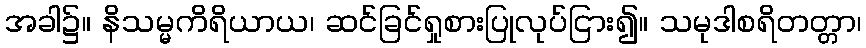
အခါ၌။ နိသမ္မကိရိယာယ၊ ဆင်ခြင်ရှုစားပြုလုပ်ငြား၍။ သမုဒါစရိတတ္တာ၊